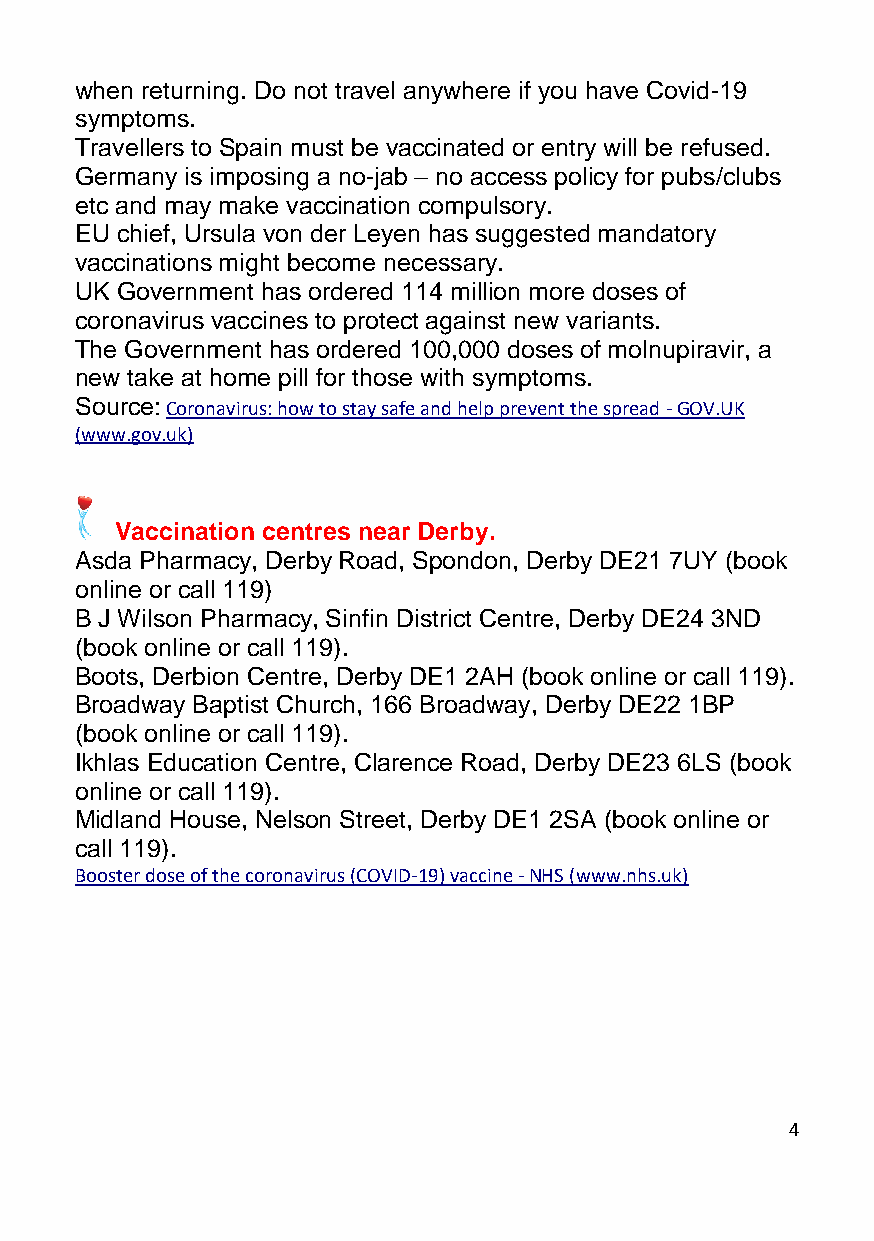
when returning. Do not travel anywhere if you have Covid-19
 symptoms.
 Travellers to Spain must be vaccinated or entry will be refused.
 Germany is imposing a no-jab – no access policy for pubs/clubs
 etc and may make vaccination compulsory.
 EU chief, Ursula von der Leyen has suggested mandatory
 vaccinations might become necessary.
 UK Government has ordered 114 million more doses of
 coronavirus vaccines to protect against new variants.
 The Government has ordered 100,000 doses of molnupiravir, a
 new take at home pill for those with symptoms.
 Source: Coronavirus: how to stay safe and help prevent the spread - GOV.UK
 (www.gov.uk)
 Vaccination centres near Derby.
 Asda Pharmacy, Derby Road, Spondon, Derby DE21 7UY (book
 online or call 119)
 B J Wilson Pharmacy, Sinfin District Centre, Derby DE24 3ND
 (book online or call 119).
 Boots, Derbion Centre, Derby DE1 2AH (book online or call 119).
 Broadway Baptist Church, 166 Broadway, Derby DE22 1BP
 (book online or call 119).
 Ikhlas Education Centre, Clarence Road, Derby DE23 6LS (book
 online or call 119).
 Midland House, Nelson Street, Derby DE1 2SA (book online or
 call 119).
 Booster dose of the coronavirus (COVID-19) vaccine - NHS (www.nhs.uk)
 4